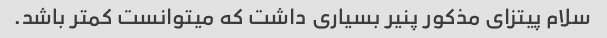
سلام پیتزای مذکور پنیر بسیاری داشت که میتوانست کمتر باشد.